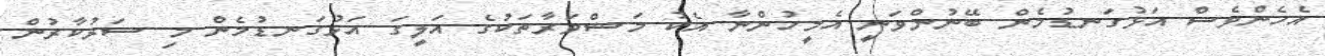
އެހެންވެސް އަޅުގަނޑުމެން ބޭނުންވަނީ އެމީހުންނާ އެކު މަޝްވަރާތަކުގެ އަލީގަ އަޅުގަނޑުމެން މި ސަރުކާރުން